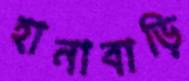
হানাবাড়ি